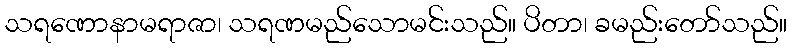
သရဏောနာမရာဇာ၊ သရဏမည်သောမင်းသည်။ ပိတာ၊ ခမည်းတော်သည်။